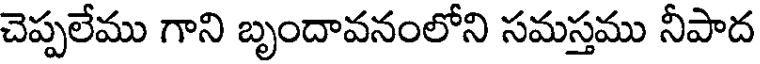
చెప్పలేము గాని బృందావనంలోని సమస్తము నీపాద